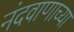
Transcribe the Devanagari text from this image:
नंदवाणाच्या